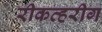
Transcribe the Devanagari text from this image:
रीकव्हरीग